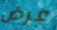
عرض